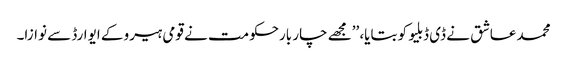
محمد عاشق نے ڈی ڈبلیو کو بتایا، ’’مجھے چار بارحکومت نے قومی ہیرو کے ایوارڈ سے نوازا۔